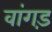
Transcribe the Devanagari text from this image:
वांगड़